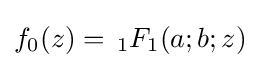
f_{0}(z)=\,_{1}F_{1}(a;b;z)